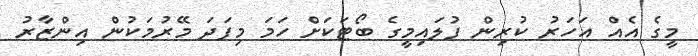
މީގެ އެއް އަހަރު ކުރިން ފުލައިމީގެ ބޯޓަކަށް ހަމަ މިފަދަ މޭރުމަކުން އިންޒާރު